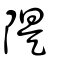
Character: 隄